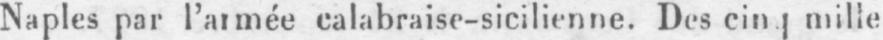
Naples par l’année calabraise-sicilienne. Des cinq mille